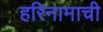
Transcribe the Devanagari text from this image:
हरिनामाची